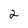
Character: 2